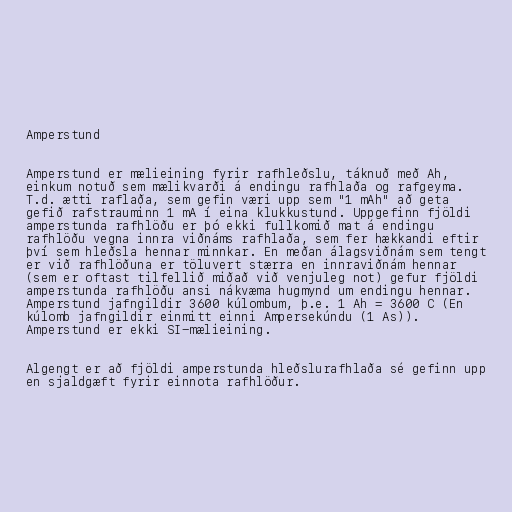
Amperstund

Amperstund er mælieining fyrir rafhleðslu, táknuð með Ah,
einkum notuð sem mælikvarði á endingu rafhlaða og rafgeyma.
T.d. ætti raflaða, sem gefin væri upp sem "1 mAh" að geta
gefið rafstrauminn 1 mA í eina klukkustund. Uppgefinn fjöldi
amperstunda rafhlöðu er þó ekki fullkomið mat á endingu
rafhlöðu vegna innra viðnáms rafhlaða, sem fer hækkandi eftir
því sem hleðsla hennar minnkar. En meðan álagsviðnám sem tengt
er við rafhlöðuna er töluvert stærra en innraviðnám hennar
(sem er oftast tilfellið miðað við venjuleg not) gefur fjöldi
amperstunda rafhlöðu ansi nákvæma hugmynd um endingu hennar.
Amperstund jafngildir 3600 kúlombum, þ.e. 1 Ah = 3600 C (En
kúlomb jafngildir einmitt einni Ampersekúndu (1 As)).
Amperstund er ekki SI-mælieining.

Algengt er að fjöldi amperstunda hleðslurafhlaða sé gefinn upp
en sjaldgæft fyrir einnota rafhlöður.